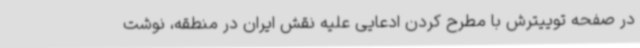
در صفحه توییترش با مطرح کردن ادعایی علیه نقش ایران در منطقه، نوشت